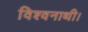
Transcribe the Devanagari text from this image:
विश्वनाथी।